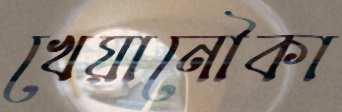
খেয়ানৌকা